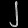
Digit: ၂